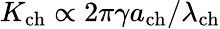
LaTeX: {K_{\mathrm{ch}}}\propto 2\pi\gamma a_{\mathrm{ch}}/{\lambda_{\mathrm{ch}}}